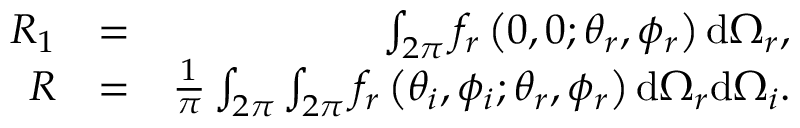
\begin{array} { r l r } { R _ { 1 } } & { = } & { \int _ { 2 \pi } f _ { r } \left( 0 , 0 ; \theta _ { r } , \phi _ { r } \right) \mathrm { d } \Omega _ { r } , } \\ { R } & { = } & { \frac { 1 } { \pi } \int _ { 2 \pi } \int _ { 2 \pi } f _ { r } \left( \theta _ { i } , \phi _ { i } ; \theta _ { r } , \phi _ { r } \right) \mathrm { d } \Omega _ { r } \mathrm { d } \Omega _ { i } . } \end{array}